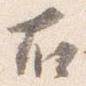
右